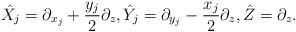
LaTeX: \begin{align*}\hat X_j=\partial_{x_j}+\frac{y_j}{2}\partial_z,\hat Y_j=\partial_{y_j}-\frac{x_j}{2}\partial_z, \hat Z=\partial_z. \end{align*}